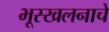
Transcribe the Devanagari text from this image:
भूस्खलनाचे